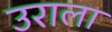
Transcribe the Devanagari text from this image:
उराला